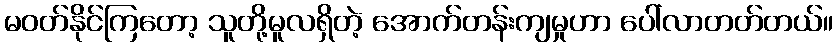
မဝတ်နိုင်ကြတော့ သူတို့မူလရှိတဲ့ အောက်တန်းကျမှုဟာ ပေါ်လာတတ်တယ်။